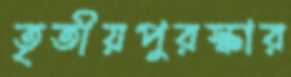
তৃতীয়পুরস্কার